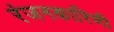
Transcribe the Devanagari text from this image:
रंजनकारिणी